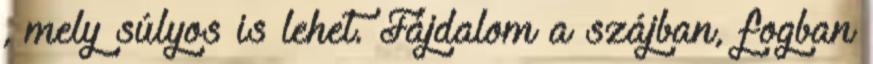
, mely súlyos is lehet. Fájdalom a szájban, fogban